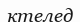
ктелед